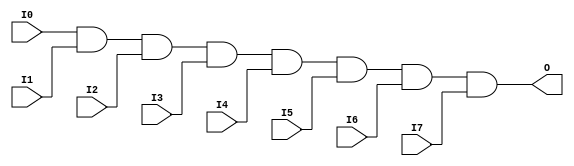
module X_AND8 (O, I0, I1, I2, I3, I4, I5, I6, I7);

  parameter LOC = "UNPLACED";
  output O;
  input I0, I1, I2, I3, I4, I5, I6, I7;

  and (O, I0, I1, I2, I3, I4, I5, I6, I7);

  specify

	(I0 => O) = (0:0:0, 0:0:0);
	(I1 => O) = (0:0:0, 0:0:0);
	(I2 => O) = (0:0:0, 0:0:0);
	(I3 => O) = (0:0:0, 0:0:0);
	(I4 => O) = (0:0:0, 0:0:0);
	(I5 => O) = (0:0:0, 0:0:0);
	(I6 => O) = (0:0:0, 0:0:0);
	(I7 => O) = (0:0:0, 0:0:0);
	specparam PATHPULSE$ = 0;

  endspecify

endmodule